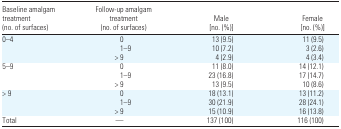
| Baseline amalgam treatment (no. of surfaces) | Follow-up amalgam treatment (no. of surfaces) | Male [no. (%)] | Female [no. (%)] |
 | --- | --- | --- | --- |
 | 0–4 | 0 | 13 (9.5) | 11 (9.5) |
 |  | 1–9 | 10 (7.2) | 3 (2.6) |
 |  | > 9 | 4 (2.9) | 4 (3.4) |
 | 5–9 | 0 | 11 (8.0) | 14 (12.1) |
 |  | 1–9 | 23 (16.8) | 17 (14.7) |
 |  | > 9 | 13 (9.5) | 10 (8.6) |
 | > 9 | 0 | 18 (13.1) | 13 (11.2) |
 |  | 1–9 | 30 (21.9) | 28 (24.1) |
 |  | > 9 | 15 (10.9) | 16 (13.8) |
 | Total | — | 137 (100) | 116 (100) |